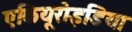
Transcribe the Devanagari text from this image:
एकियूरोइडिया